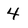
Character: 4